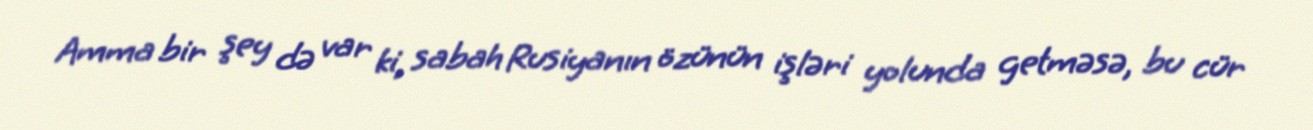
Amma bir şey də var ki, sabah Rusiyanın özünün işləri yolunda getməsə, bu cür